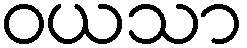
ဝယသာ